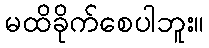
မထိခိုက်စေပါဘူး။